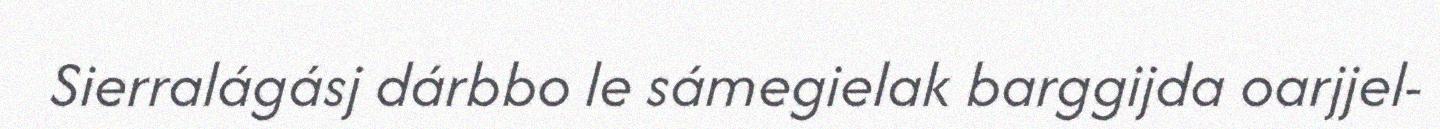
Sierralágásj dárbbo le sámegielak barggijda oarjjel-